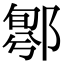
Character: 𨝁